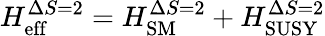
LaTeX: H_{\mathrm{eff}}^{\Delta S=2}=H_{\mathrm{SM}}^{\Delta S=2}+H_{\mathrm{SUSY}}^{\Delta S=2}